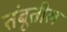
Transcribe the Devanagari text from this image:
तंबूतील